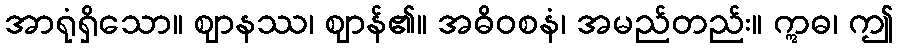
အာရုံရှိသော။ ဈာနဿ၊ ဈာန်၏။ အဓိဝစနံ၊ အမည်တည်း။ ဣဓ၊ ဤ